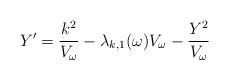
\begin{align*}Y' = \frac{k^2}{V_\omega} - \lambda_{k,1}(\omega) V_\omega - \frac{Y^2}{V_\omega}\end{align*}